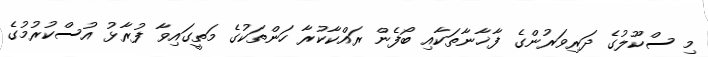
މި ސްކޫލުގެ ދަރިވަރުންގެ ފާޚާނާތަކާއި ބޯފެން ރައްކާކުރާ ހަންތަކުގެ މަތީގައިވާ ފުރާޅު އުސްކުރުމުގެ